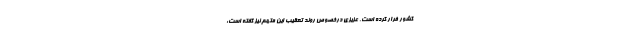
کشور فرار کرده است. عزیزی درخصوص روند تعقیب این متهم نیز گفته است: